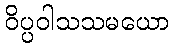
ဝိပ္ပဝါသသမယော